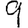
Digit: 9